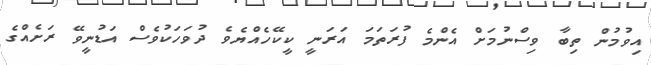
އިވުމުން ތިބާ ވިސްނުމަށް އެންމެ ފުރަތަމަ އަރަނީ ކީކޭހެއްޔެވެ ދުވަހަކުވެސް އަޑުނީވޭ ރަށެއްގެ